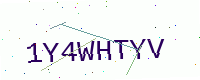
Text: 1Y4WHTYV